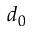
d _ { 0 }